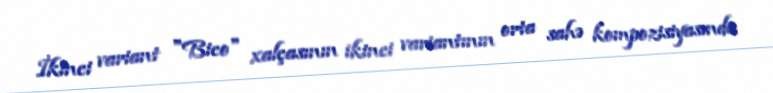
İkinci variant "Bico" xalçasının ikinci variantının orta sahə kompozisiyasında